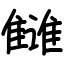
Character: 雠